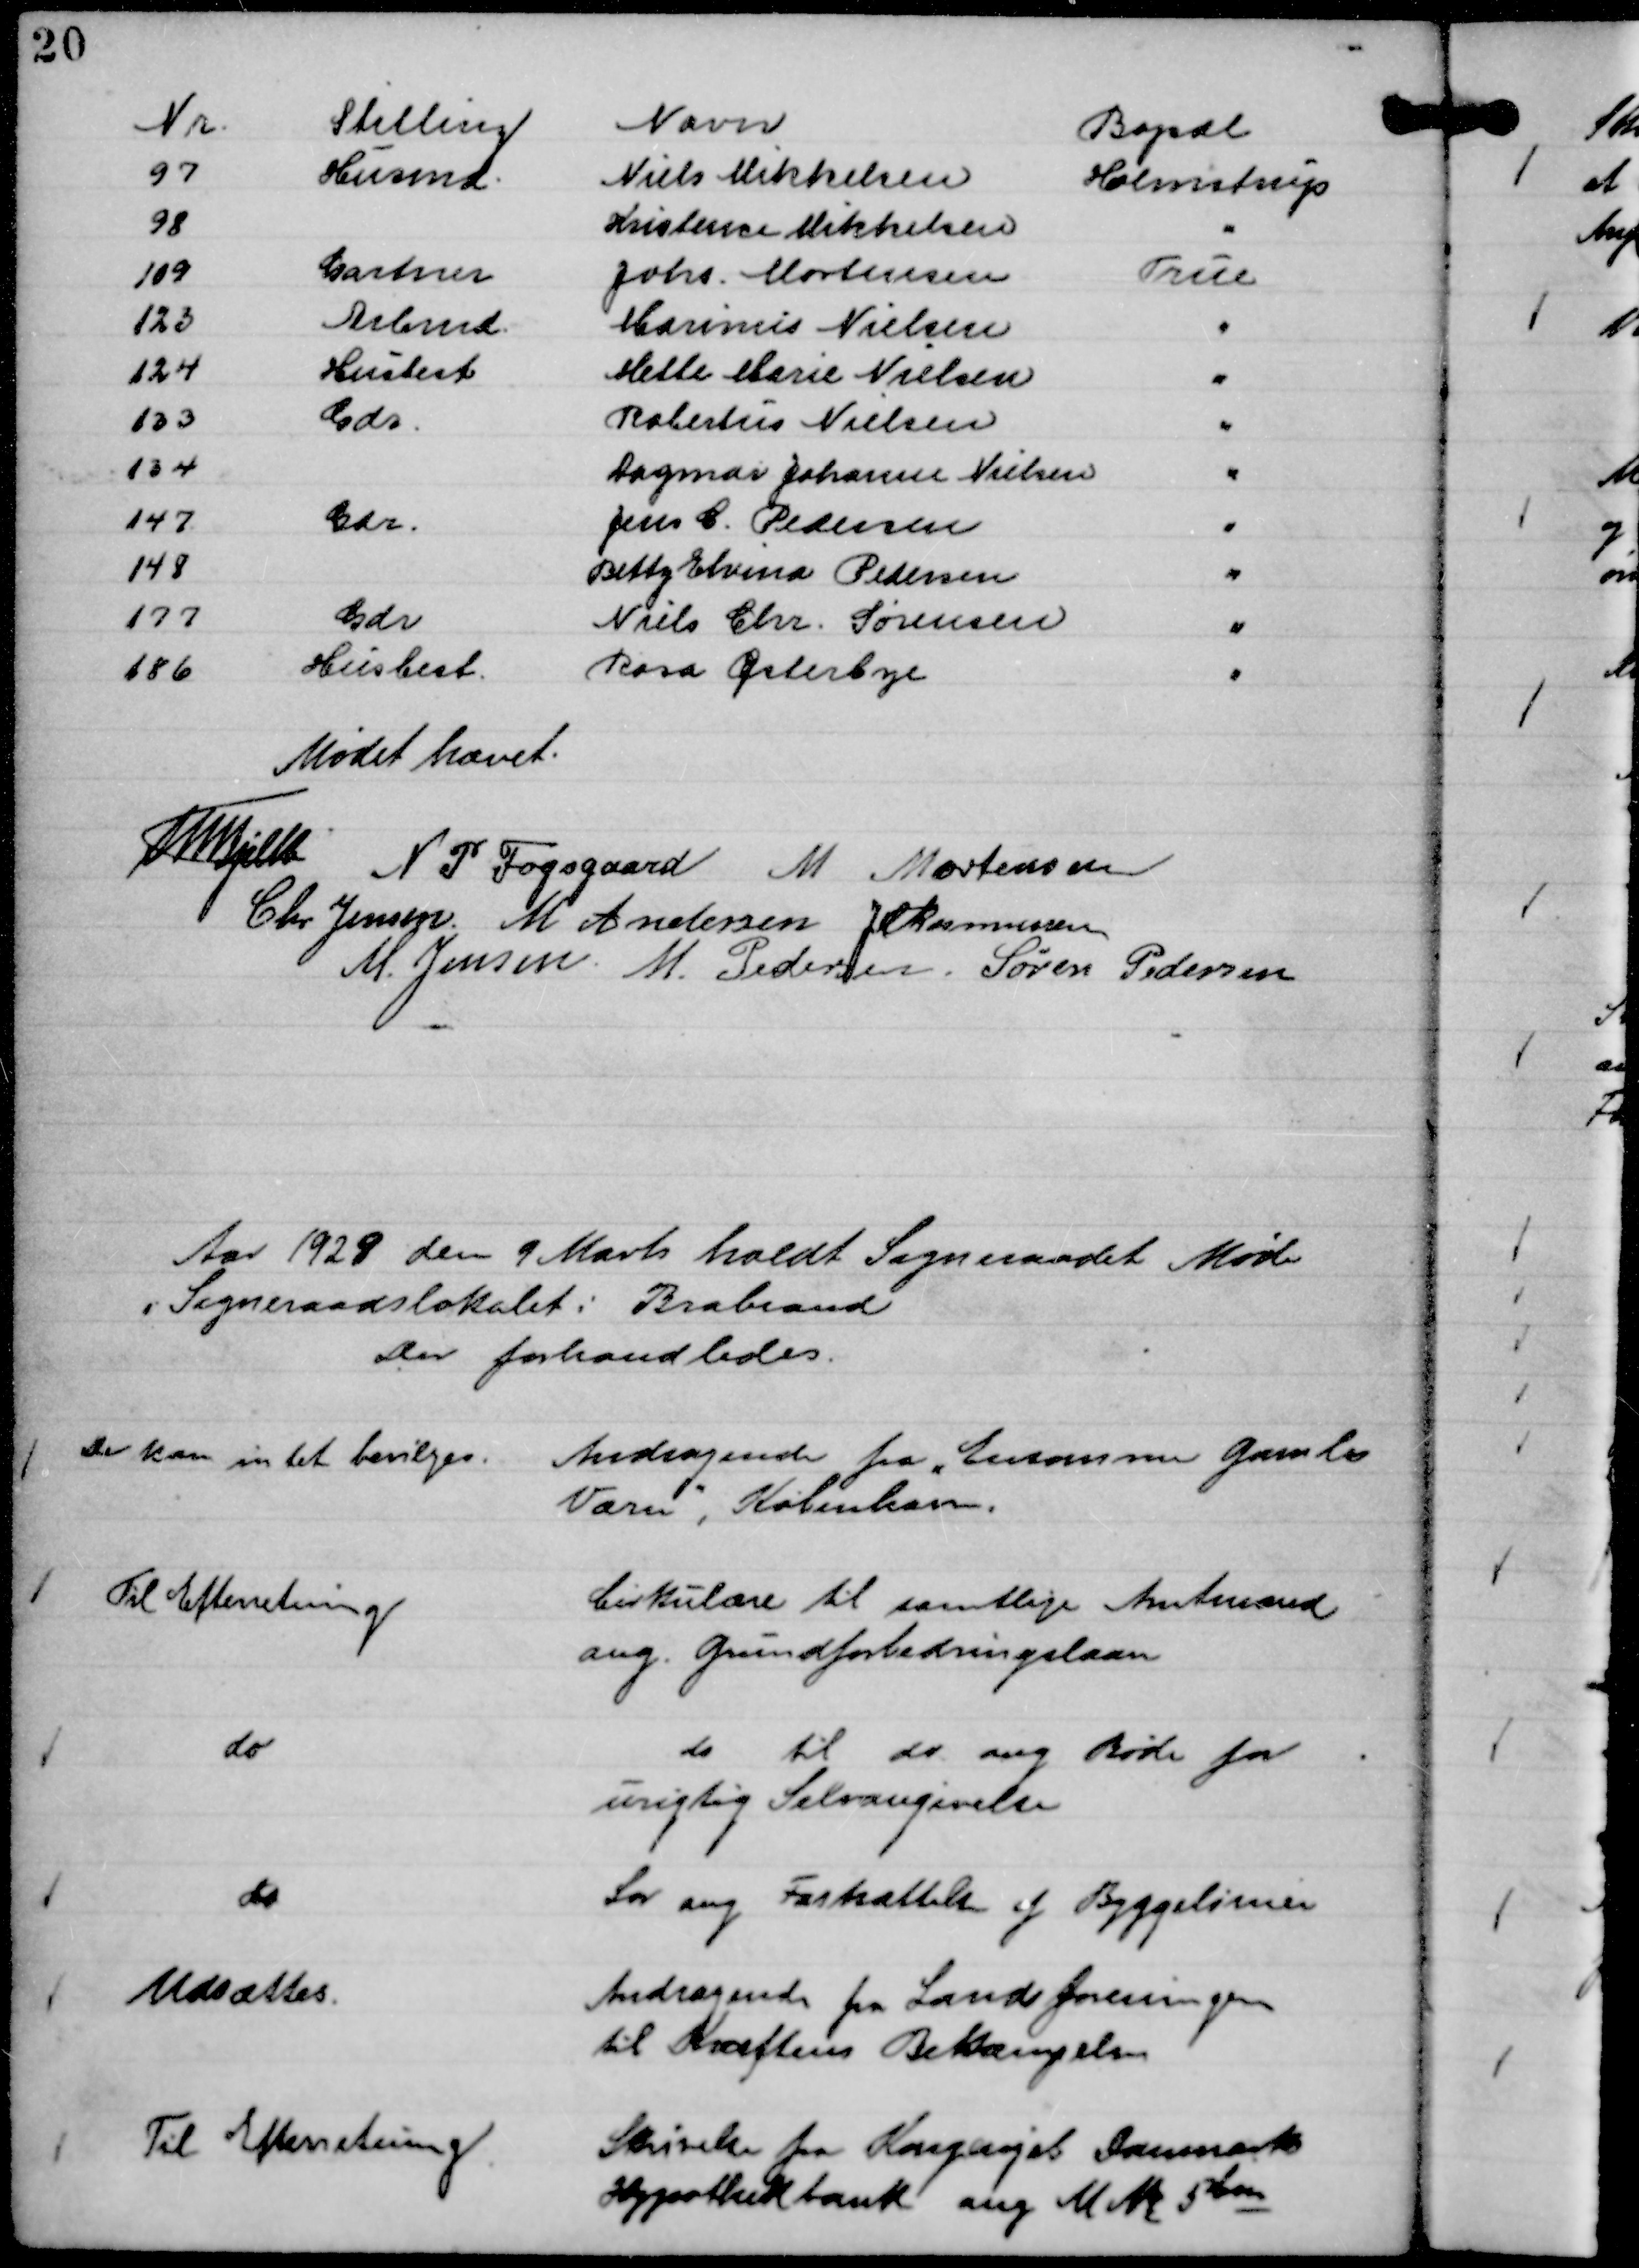
Transskription:
Nr.
Stilling
Navn
Bopæl
97
Husmd.
Niels Mikkelsen
Holmstrup
98
Kristence Mikkelsen
"
109
Gartner
Johs. Mortensen
True
123
Arbmd.
Marinus Nielsen
"
124
Husbest
Mette Marie Nielsen
"
133
Gdr.
Robertus Nielsen
"
134
Dagmar Johanne Nielsen
"
147
Gdr.
Jens C. Pedersen
"
148
Betty Elvina Pedersen
"
177
Gdr
Niels Chr. Sørensen
"
186
Husbest.
Rosa Østerbye
"

Mødet hævet.
Th. Bjelke
N P Fogsgaard
M Mortensen
Chr. Jensen
M Andersen
J M Rasmussen
M. Jensen.
M. Pedersen
Søren Pedersen

Aar 1929 den 9 Marts holdt Sogneraadet Møde
i Sogneraadslokalet i Brabrand
Der forhandledes.

Andragende fra "Ensomme Gamles
Værn"

København.

Der kan intet bevilges.

Cirkulære til samtlige Amtmænd
ang. Grundforbedringslaan

Til Efterretning

do til do ang Bøde for
urigtig Selvangivelse

do

Lov ang Fastsættelse af Byggelinier

do

Andragende fra Landsforeningen
til Kræftens Bekæmpelse

Udsættes.

Skrivelse fra Kongeriget Danmarks
Hypothekbank ang M. No 5 bm

Til Efterretning.